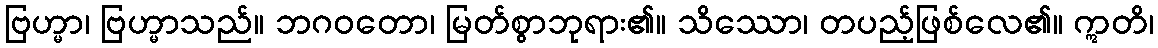
ဗြဟ္မာ၊ ဗြဟ္မာသည်။ ဘဂဝတော၊ မြတ်စွာဘုရား၏။ သိဿော၊ တပည့်ဖြစ်လေ၏။ ဣတိ၊